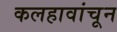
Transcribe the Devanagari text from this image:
कलहावांचून